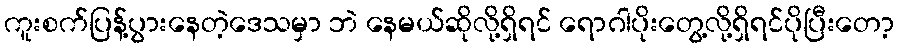
ကူးစက်ပြန့်ပွားနေတဲ့ဒေသမှာ ဘဲ နေမယ်ဆိုလို့ရှိရင် ရောဂါပိုးတွေ့လို့ရှိရင်ပိုပြီးတော့